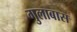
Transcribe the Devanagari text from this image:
गुलाबास